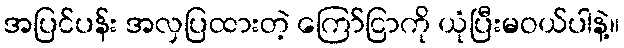
အပြင်ပန်း အလှပြထားတဲ့ ကြော်ငြာကို ယုံပြီးမဝယ်ပါနဲ့။